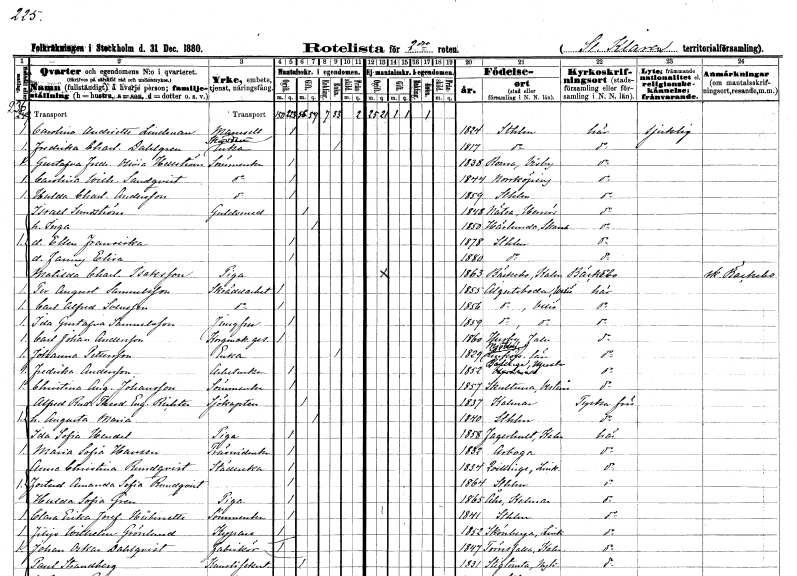
gt_parse: households: individuals: FN: Carolina Andriette
EN: Lindman
KON: K
CIV: O
FODAR: 1824
FODFORS: Stockholm
FN: Fredrika Charlotta
EN: Dahlgren
YRKE: Skräddareänka
KON: K
CIV: E
FODAR: 1817
FODFORS: Stockholm
FN: Gustafva Fredrika Olivia
EN: Hellström
YRKE: Sömmerska
KON: K
CIV: O
FODAR: 1838
FODFORS: Roma Gotlands län
FN: Carolina Wilhelmina
EN: Sandqvist
YRKE: Sömmerska
KON: K
CIV: O
FODAR: 1844
FODFORS: Norrköping Östergötlands län
FN: Hulda Charlotta
EN: Andersson
YRKE: Sömmerska
KON: K
CIV: O
FODAR: 1859
FODFORS: Stockholm
FN: Israel
EN: Sundström
YRKE: Guldsmed
KON: M
CIV: G
FODAR: 1848
FODFORS: Nätra Västernorrlands län
FN: Inga
KON: K
CIV: G
FODAR: 1850
FODFORS: Härlunda Skaraborgs län
FN: Ellen Fransiska
KON: K
CIV: O
FODAR: 1878
FODFORS: Stockholm
FN: Fanny Elisa
KON: K
CIV: O
FODAR: 1880
FODFORS: Stockholm
FN: Matilda Charlotta
EN: Isaksson
YRKE: Piga
KON: K
CIV: O
FODAR: 1863
FODFORS: Bäckebo Kalmar län
FN: Per August
EN: Samuelsson
YRKE: Skrädderiarbetare
KON: M
CIV: O
FODAR: 1855
FODFORS: Algutsboda Kalmar län
FN: Carl Alfred
EN: Svensson
YRKE: Skrädderiarbetare
KON: M
CIV: O
FODAR: 1856
FODFORS: Algutsboda Kalmar län
FN: Ida Gustafva
EN: Samuelsson
YRKE: Jungfru
KON: K
CIV: O
FODAR: 1859
FODFORS: Algutsboda Kalmar län
FN: Carl Johan
EN: Andersson
YRKE: Korgmakaregesäll
KON: M
CIV: O
FODAR: 1860
FODFORS: Husby Kopparbergs län
FN: Johanna
EN: Pettersson
YRKE: Änka
KON: K
CIV: E
FODAR: 1829
FODFORS: Mjölby Östergötlands län
FN: Fredrika
EN: Andersson
YRKE: Arbeterska
KON: K
CIV: O
FODAR: 1852
FODFORS: Bälinge Uppsala län
FN: Christina Augusta
EN: Johansson
YRKE: Sömmerska
KON: K
CIV: O
FODAR: 1857
FODFORS: Skultuna Västmanlands län
FN: Alfred Rudolf Theodor Eugen
EN: Richter
YRKE: Sjökapten
KON: M
CIV: G
FODAR: 1837
FODFORS: Kalmar Kalmar län
FN: Augusta Maria
KON: K
CIV: G
FODAR: 1840
FODFORS: Stockholm
FN: Ida Sofia
EN: Hendel
YRKE: Piga
KON: K
CIV: O
FODAR: 1858
FODFORS: Fagerhult Kalmar län
FN: Maria Sofia
EN: Hansen
YRKE: Träsniderska
KON: K
CIV: O
FODAR: 1832
FODFORS: Arboga Västmanlands län
FN: Anna Christina
EN: Rundqvist
YRKE: Städerska
KON: K
CIV: O
FODAR: 1834
FODFORS: Kvillinge Östergötlands län
FN: Amanda Sofia
EN: Rundqvist
KON: K
CIV: O
FODAR: 1864
FODFORS: Stockholm
FN: Hulda Sofia
EN: Gren
YRKE: Piga
KON: K
CIV: O
FODAR: 1865
FODFORS: Ås Kalmar län
FN: Clara Erika Josefina
EN: Hübinette
YRKE: Sömmerska
KON: K
CIV: O
FODAR: 1841
FODFORS: Stockholm
FN: Filip Wilhelm
EN: Grönlund
YRKE: Kypare
KON: M
CIV: O
FODAR: 1852
FODFORS: Skönberga Östergötlands län
FN: Johan Oskar
EN: Dahlqvist
YRKE: Fabrikör
KON: M
CIV: O
FODAR: 1847
FODFORS: Törnsfall Kalmar län